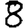
Digit: 8